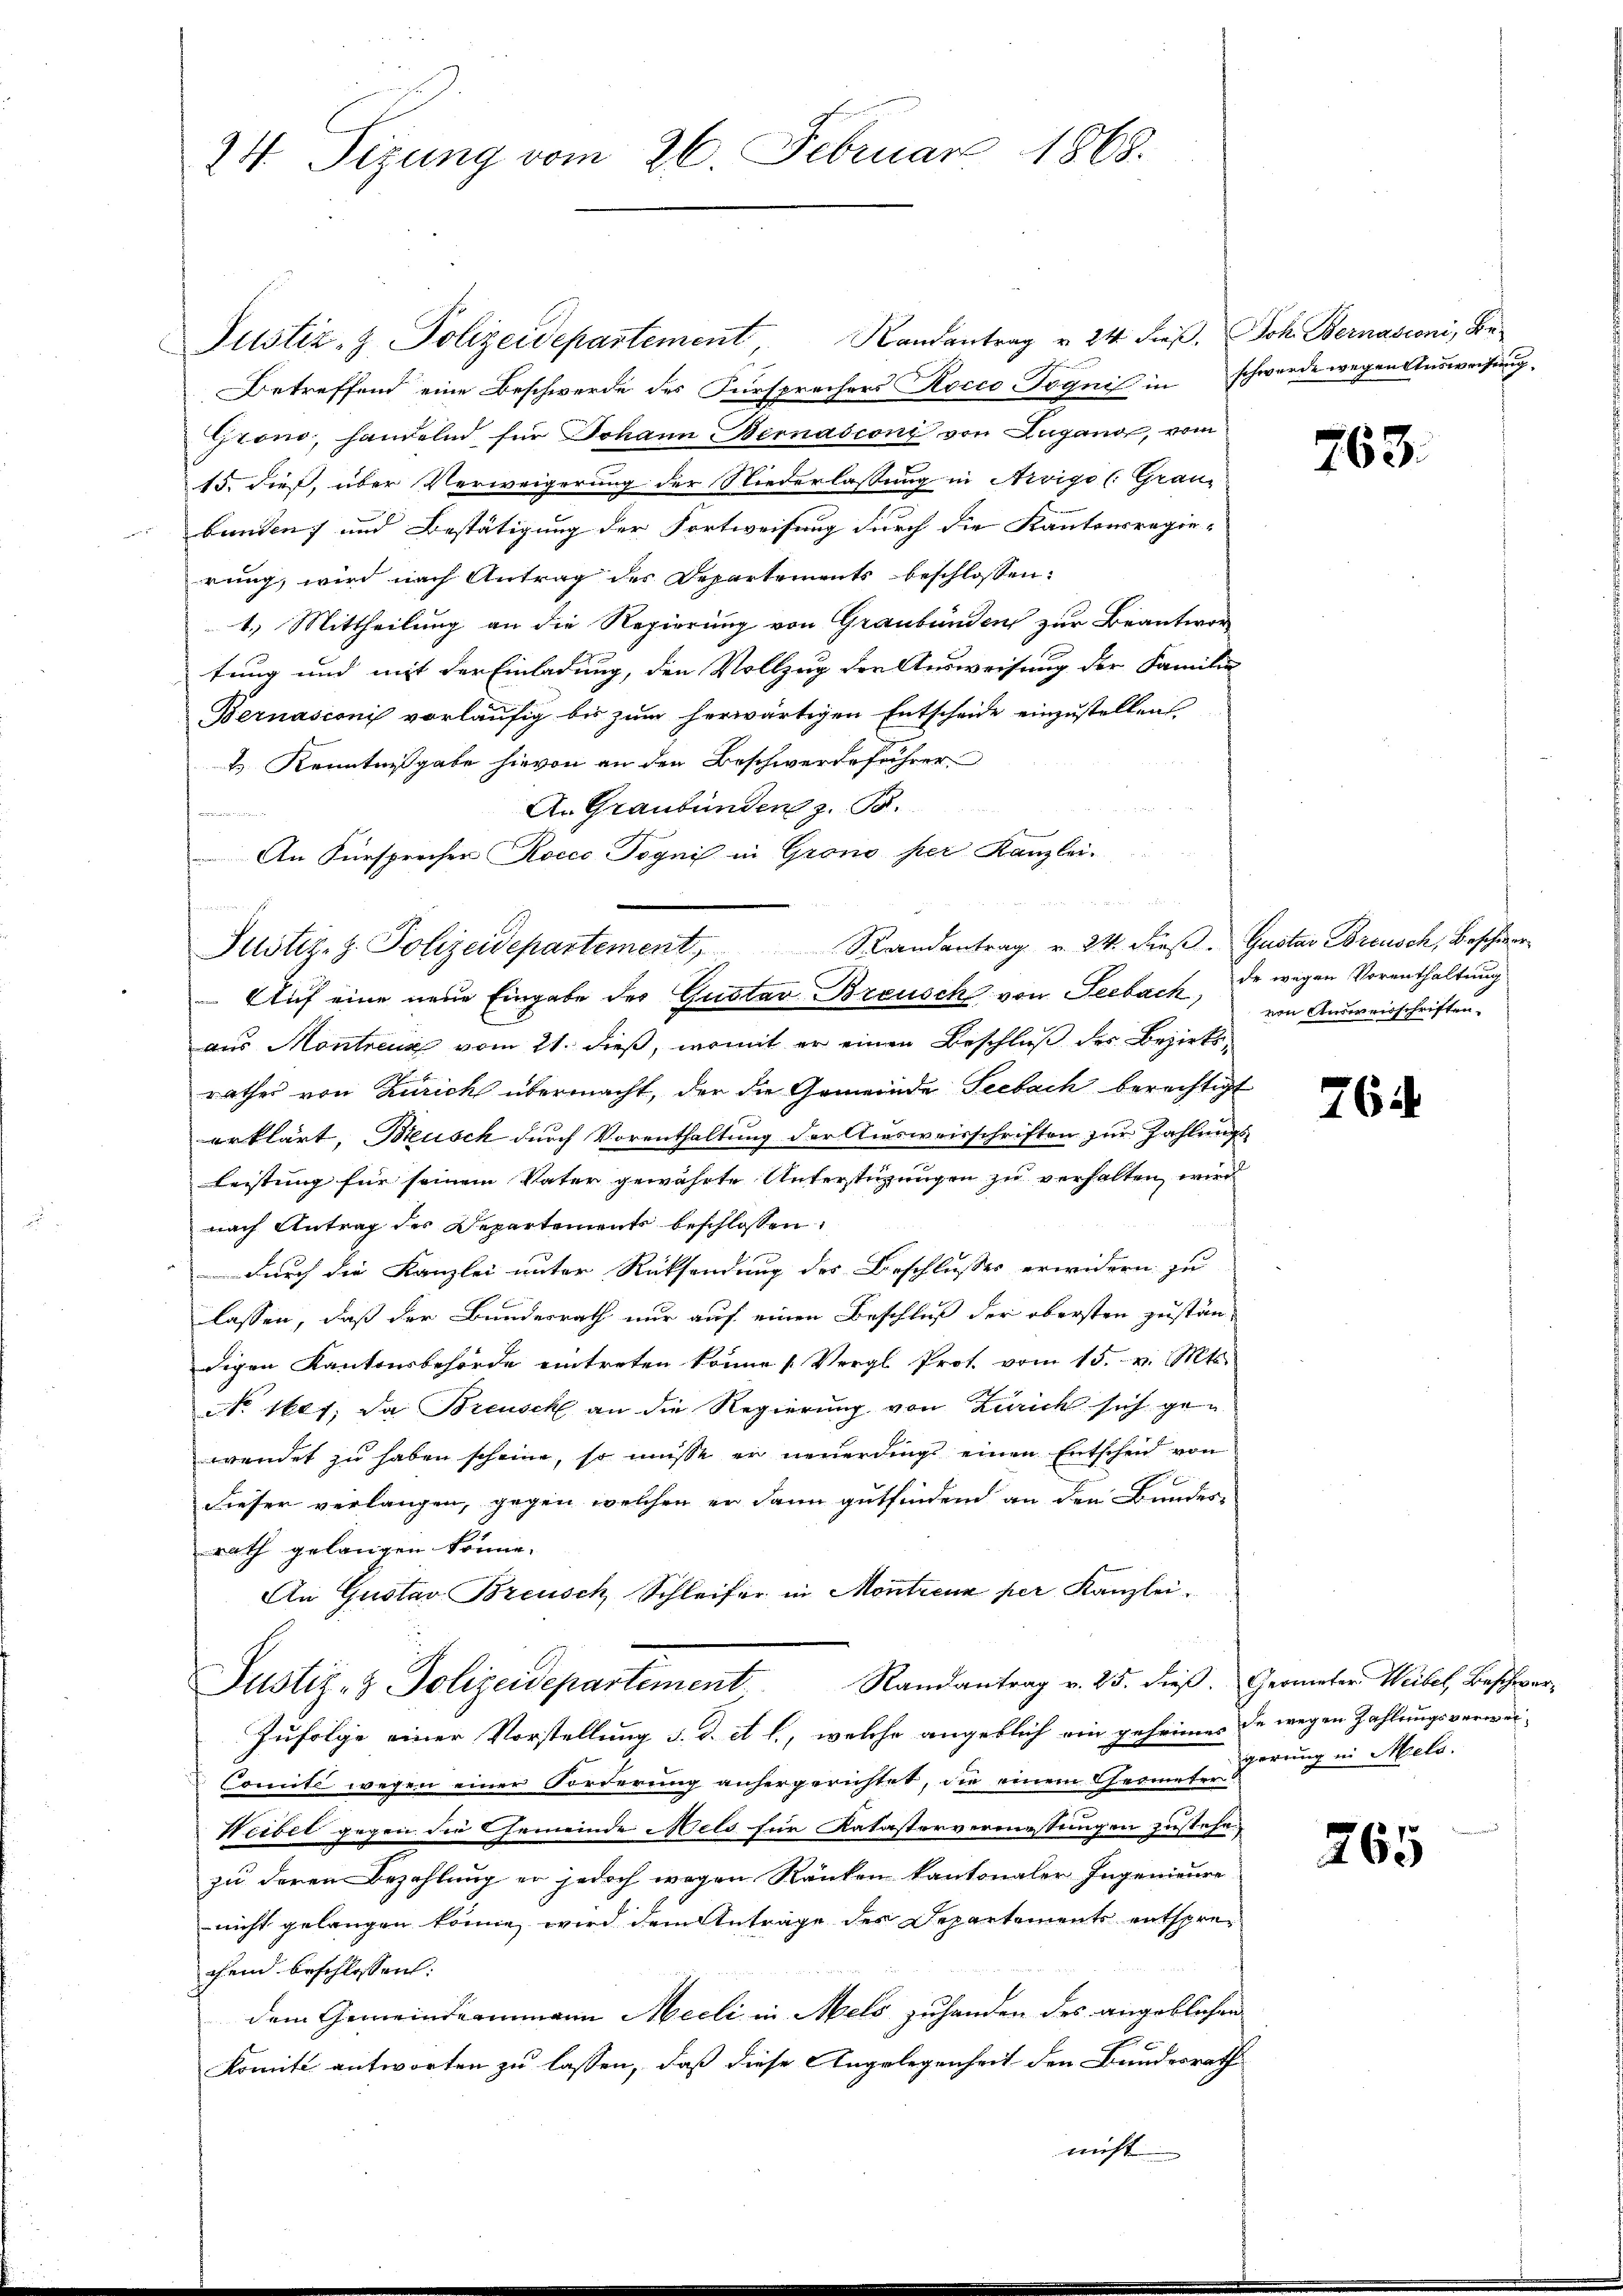
24 Sizung vom 26. Februar 1868.

Justiz- & Polizeidepartement, Randantrag v. 24. Fraβ, Joh. Bernasconi, Be-
Betreffend eine Beschwerde des Fürsprechers Kocco Pognis in schwerde wegen Ausweisung
Grono, handelnd für Johann Bernasconi von Zugano, vom
15. dieß, über Verweigerung der Niederlassung in Arvigo (: Grau
banden; und Bestätigung der Fortweisung durch die Kantonsregie-
rung, wird nach Antrag des Departements beschlossen:
1.) Mittheilung an die Regierung von Graubünden zur Beantwortung und mit der Einladung, den Vollzug der Ausweisung der Familie
Bernasconi vorläufig bis zum herwärtigen Entscheide einzustellen
& Kenntnißgabe hievon an den Beschwerdeführer
An Graubünden z. B.

An Fürsprecher Rocco Pognis in Grono per Kanzleiaus Montreng vom 21. dieß, womit er einen Beschluß des Bezirksrathes von Zürich übermacht, der die Gemeinde Seebach berechtigt
erklärt, Busch durch Vorenthaltung der Ausweisschriften zur Zahlungs
leistung für seinem Vater gewährte Unterstüzungen zu verhalten, wird
nach Antrag des Departements beschlossen:
durch die Kanzlei unter Rücksendung des Beschlusses erwidern zu
lassen, daß der Bundesrath nur auf einen Beschluß der obersten zuständigen Kantonsbehörde eintreten könne (Vergl. Prot. vom 15. v. Mts.
No. 1604; da Breusch an die Regierung von Zürich sich gewendet zu haben scheine, so müsse er neuerdings einen Entscheid von
dieser verlangen, gegen welchen er dann gutfindend an den Bundes-
rath gelangen könne. |
An Gustav Breusch Schleifer in Montrenn per Kanzlei.
Justiz- & Polizeidepartement Randantrag v. 25. dieβ. Geometer Weilet, Beschwer¬
Zufolge einer Vorstellung d. d. et l., welche angeblich ein geheimes de wegen Zahlungsverwei¬
Connte wegen einer Forderung anhergerichtet, die einem Geometer
Weibel gegen die Gemeinde Meld für Katastervermessungen zustehen
zu deren Bezahlung er jedoch wegen Ränken kantonaler Ingenieure
nicht gelangen könne, wird dem Antrage des Departements entsprechend beschlossen:
dem Gemeindeammann Meeli in Melo zuhanden des angeblichen
Komité antworten zu lassen, daß diese Angelegenheit den Bundesrath
nicht

Justiz, z. Polizeidepartement, Randantrag u. 24. dieβ. Gustav Bbreusch, Beschwer¬
 Auf eine neue Eingabe des Gustav Breusch von Seebach, der wegen Vorenthaltung

d

763.

von Ausweisschriften.

76

gerung in Meta

265